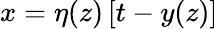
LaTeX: x=\eta(z)\left[t-y(z)\right]